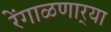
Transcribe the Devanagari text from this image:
रेंगाळणार्‍या